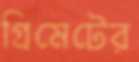
গ্রিমেটের